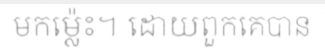
មកម្ល៉េះ។ ដោយពួកគេបាន